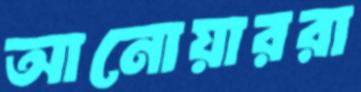
আনোয়াররা